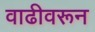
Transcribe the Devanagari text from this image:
वाढीवरून